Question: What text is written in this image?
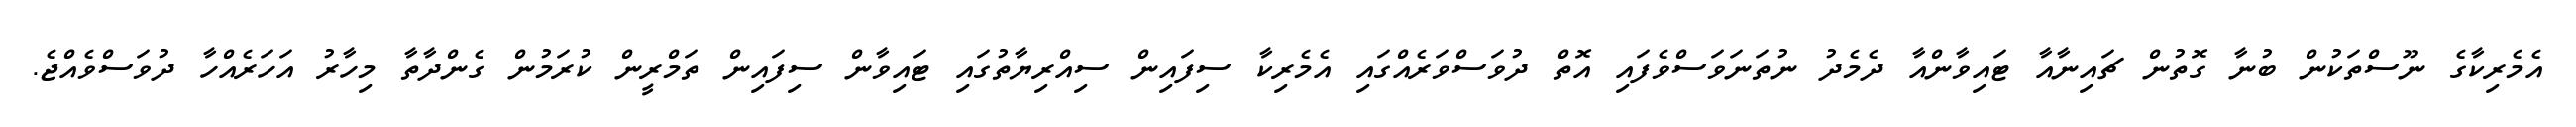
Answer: އެމެރިކާގެ ނޫސްތަކުން ބުނާ ގޮތުން ޗައިނާއާ ޓައިވާންއާ ދެމެދު ނުތަނަވަސްވެފައި އޮތް ދުވަސްވަރެއްގައި އެމެރިކާ ސިފައިން ސިއްރިޔާތުގައި ޓައިވާން ސިފައިން ތަމްރީން ކުރަމުން ގެންދާތާ މިހާރު އަހަރެއްހާ ދުވަސްވެއްޖެ.